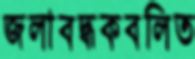
জলাবদ্ধকবলিত